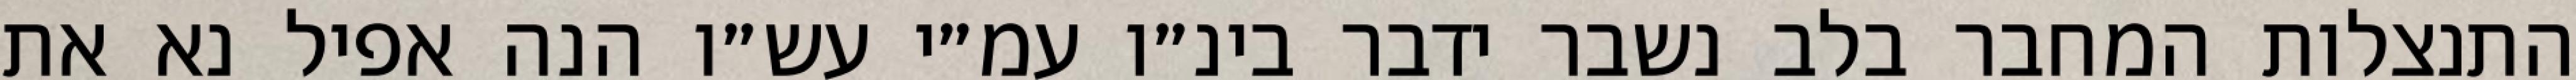
התנצלות המחבר בלב נשבר ידבר בינ״ו עמ״י עש״ו הנה אפיל נא את